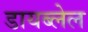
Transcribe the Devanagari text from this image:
डायब्लेल